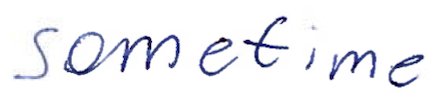
Text: sometime
Cross-out: clean
Writing tool: ballpoint